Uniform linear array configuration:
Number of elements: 64
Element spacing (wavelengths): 0.75
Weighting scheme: binomial
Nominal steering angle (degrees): -60
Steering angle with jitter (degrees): -60.553
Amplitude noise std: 0.05
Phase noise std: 0.05

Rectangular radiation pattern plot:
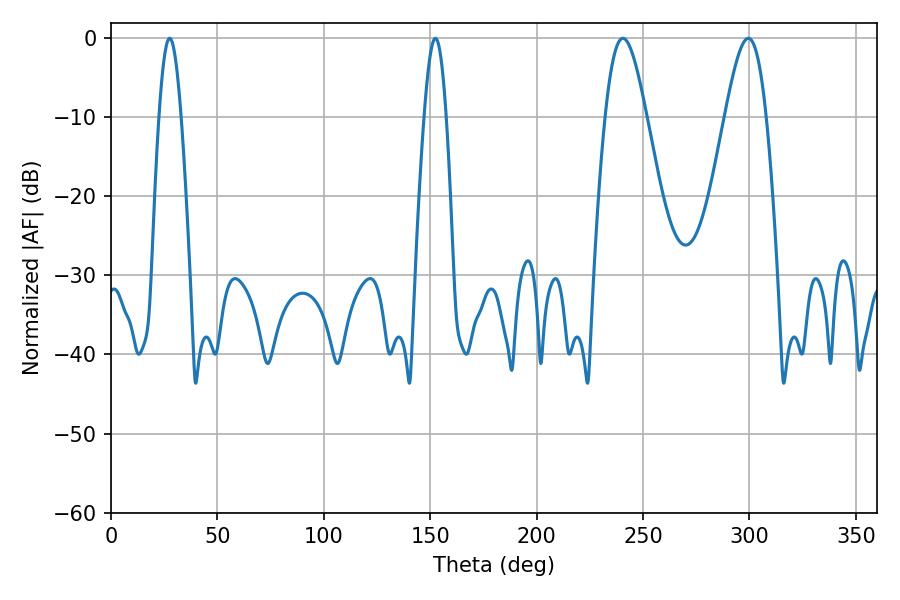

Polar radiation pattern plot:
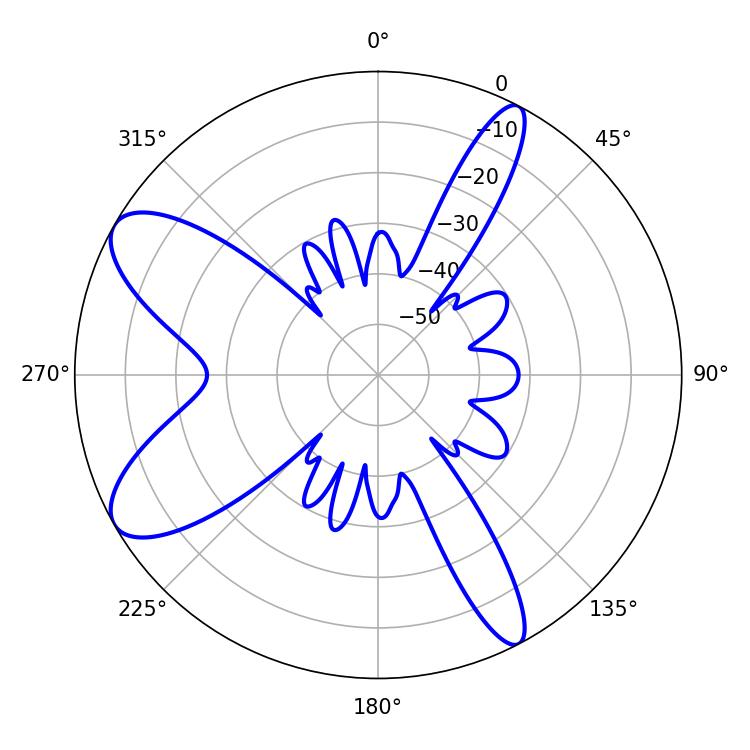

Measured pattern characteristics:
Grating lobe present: TRUE
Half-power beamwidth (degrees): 5.58
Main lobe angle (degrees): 27.54